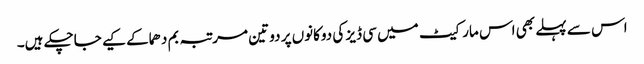
اس سے پہلے بھی اس مارکیٹ میں سی ڈیز کی دوکانوں پر دو تین مرتبہ بم دھماکے کیے جاچکے ہیں۔